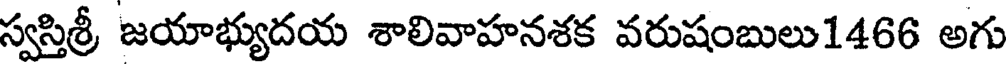
స్వస్తిశ్రీ జయాభ్యుదయ శాలివాహనశక వరుషంబులు1466 అగు